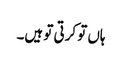
ہاں تو کرتی تو ہیں۔